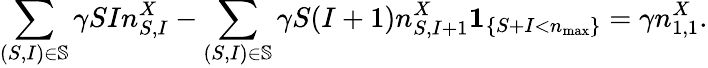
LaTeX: \sum_{(S,I)\in\mathbb{S}}\gamma SIn_{S,I}^{X}-\sum_{(S,I)\in\mathbb{S}}\gamma S(I+1)n_{S,I+1}^{X}\mathbf{1}_{\left\{ S+I<n_{\operatorname*{max}}\right\} }=\gamma n_{1,1}^{X}.